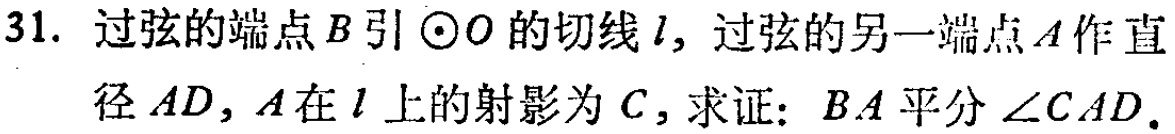
31. 过弦的端点\(B\)引\(\odot O\)的切线\(l\)，过弦的另一端点\(A\)作直径\(AD\)，\(A\)在\(l\)上的射影为\(C\)，求证：\(BA\)平分\(\angle CAD\)。